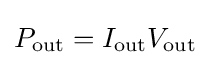
P_{\text{out}}=I_{\text{out}}V_{\text{out}}